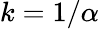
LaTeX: k=1/\alpha